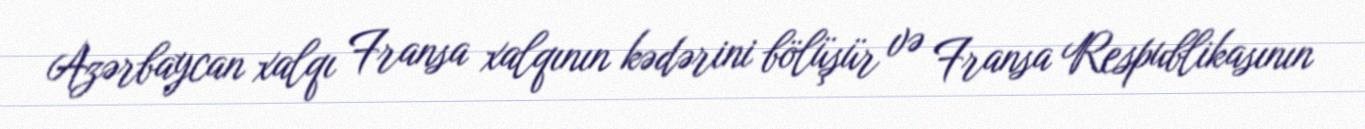
Azərbaycan xalqı Fransa xalqının kədərini bölüşür və Fransa Respublikasının